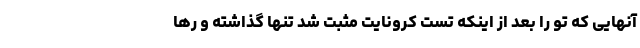
آنهایی که تو را بعد از اینکه تست کرونایت مثبت شد تنها گذاشته و رها